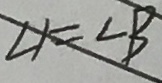
\angle 1 = \angle B